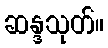
ဆန္ဒသုတ်။